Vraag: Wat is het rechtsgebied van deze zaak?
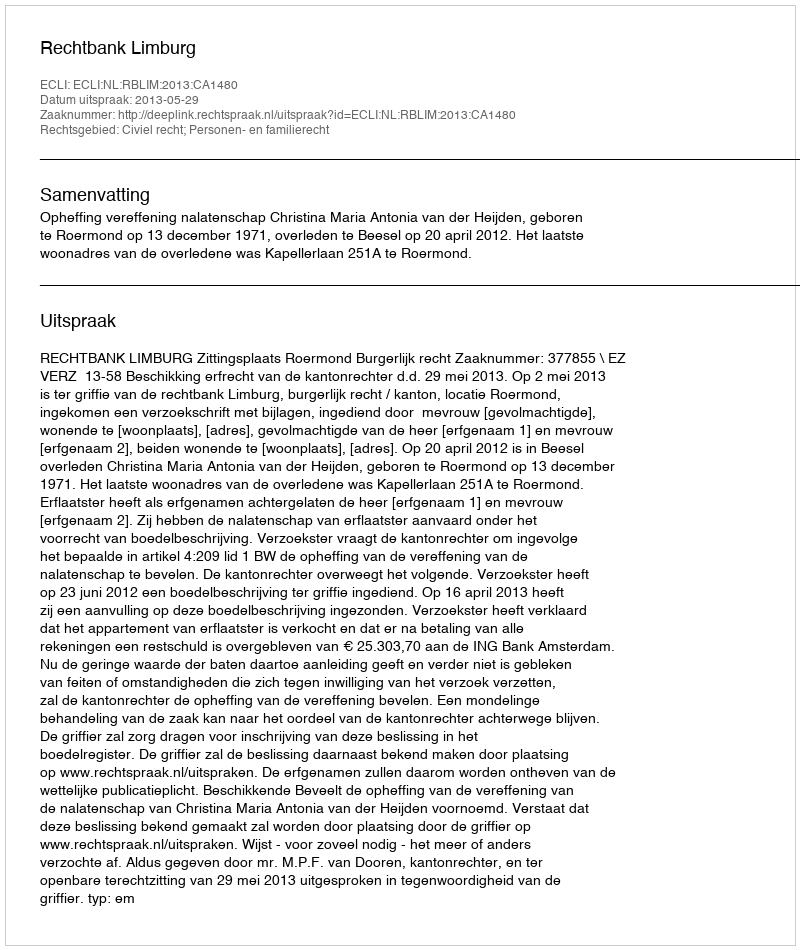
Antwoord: Civiel recht; Personen- en familierecht